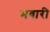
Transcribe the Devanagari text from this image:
भवारी